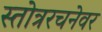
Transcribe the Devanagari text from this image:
स्तोत्ररचनेवर